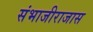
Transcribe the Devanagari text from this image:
संभाजीराजास